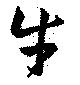
牛